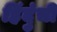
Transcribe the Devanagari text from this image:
हिंदुंची